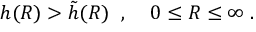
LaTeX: h ( R ) > \tilde { h } ( R ) \; \; , \; \; \; \; 0 \le R \le \infty \; .